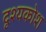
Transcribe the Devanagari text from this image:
दृश्यकोश